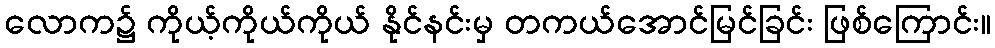
လောက၌ ကိုယ့်ကိုယ်ကိုယ် နိုင်နင်းမှ တကယ်အောင်မြင်ခြင်း ဖြစ်ကြောင်း။